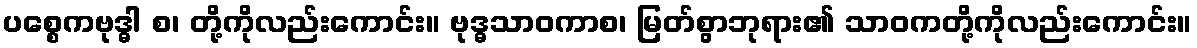
ပစ္စေကဗုဒ္ဓါ စ၊ တို့ကိုလည်းကောင်း။ ဗုဒ္ဓသာဝကာစ၊ မြတ်စွာဘုရား၏ သာဝကတို့ကိုလည်းကောင်း။